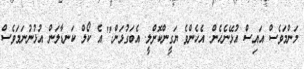
މަންމަވެސް އައިސް އުޅޭނެހެން. އެހެންވެ ޔަގީންކޮށްލީ. އެބަގުޅަން." އެ ކޯލް ކަނޑާލަން އުޅުނުނަމަވެސް